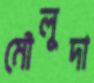
মৌলুদা